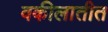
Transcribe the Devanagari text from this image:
वकीलातीत